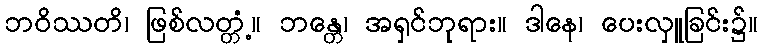
ဘဝိဿတိ၊ ဖြစ်လတ္တံ့။ ဘန္တေ၊ အရှင်ဘုရား။ ဒါနေ၊ ပေးလှူခြင်း၌။